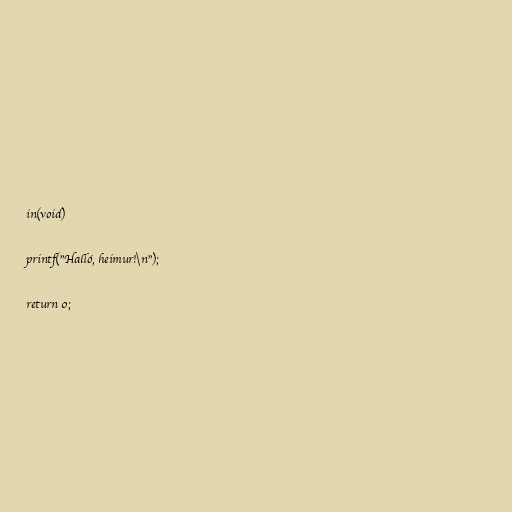
in(void)

printf("Halló, heimur!\n");

return 0;